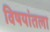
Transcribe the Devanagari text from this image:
विषयांतला